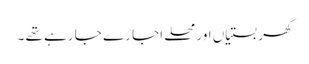
گھر بستیاں اور محلے اجاڑے جا رہے تھے ۔